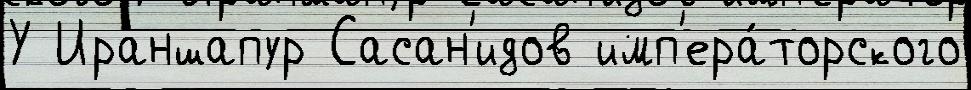
У Ираншапур Сасан'идов имп'ера́торского